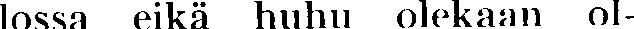
lossa eikä huhu olekaan ol-